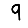
Digit: 9